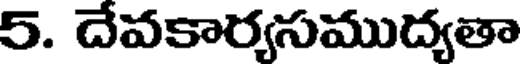
5. దేవకార్యసముద్యతా